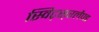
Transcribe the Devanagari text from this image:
स्विट्स़रलैण्ड